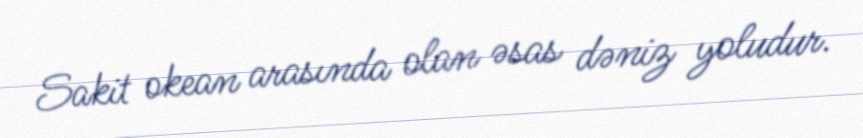
Sakit okean arasında olan əsas dəniz yoludur.